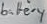
Text: battery